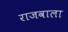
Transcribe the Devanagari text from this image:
राजवाला